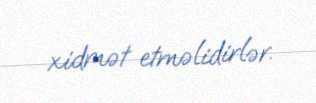
xidmət etməlidirlər.